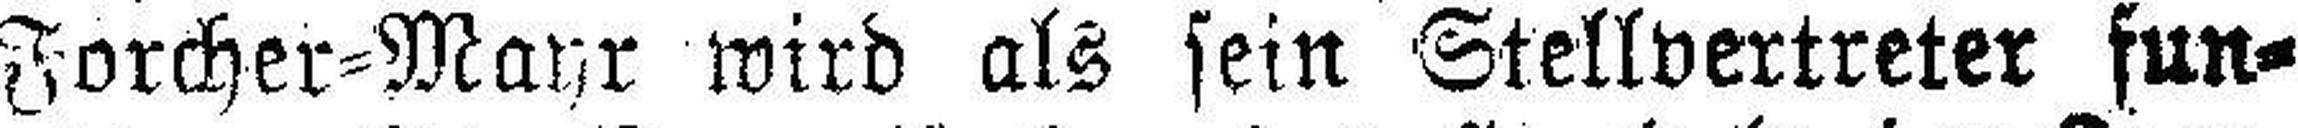
Forcher=Mayr wird als sein Stellvertreter fun¬